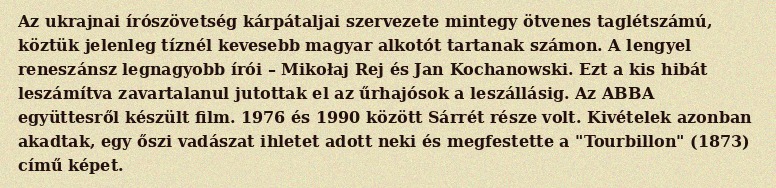
Az ukrajnai írószövetség kárpátaljai szervezete mintegy ötvenes taglétszámú, köztük jelenleg tíznél kevesebb magyar alkotót tartanak számon. A lengyel reneszánsz legnagyobb írói – Mikołaj Rej és Jan Kochanowski. Ezt a kis hibát leszámítva zavartalanul jutottak el az űrhajósok a leszállásig. Az ABBA együttesről készült film. 1976 és 1990 között Sárrét része volt. Kivételek azonban akadtak, egy őszi vadászat ihletet adott neki és megfestette a "Tourbillon" (1873) című képet.